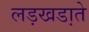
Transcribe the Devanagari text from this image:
लड़खडा़ते